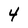
Character: 4